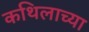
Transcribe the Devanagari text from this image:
कथिलाच्या